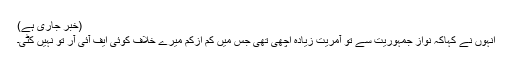
(خبر جاری ہے)
انہوں نے کہاکہ نواز جمہوریت سے تو آمریت زیادہ اچھی تھی جس میں کم ازکم میرے خلاف کوئی ایف آئی آر تو نہیں کٹی۔